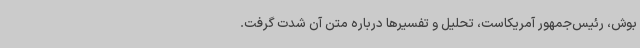
بوش، رئیس‌جمهور آمریکاست، تحلیل و تفسیرها درباره متن آن شدت گرفت.